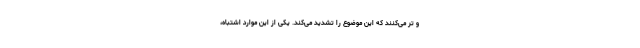
و تر می‌‌کنند که این موضوع را تشدید می‌کند. یکی از این موارد اشتباه،